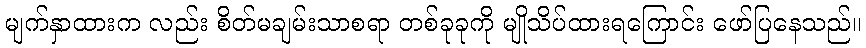
မျက်နှာထားက လည်း စိတ်မချမ်းသာစရာ တစ်ခုခုကို မျိုသိပ်ထားရကြောင်း ဖော်ပြနေသည်။